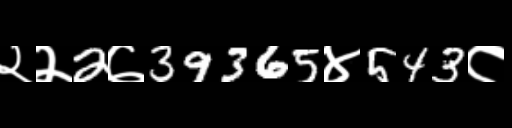
Text: २२2७39365४543८